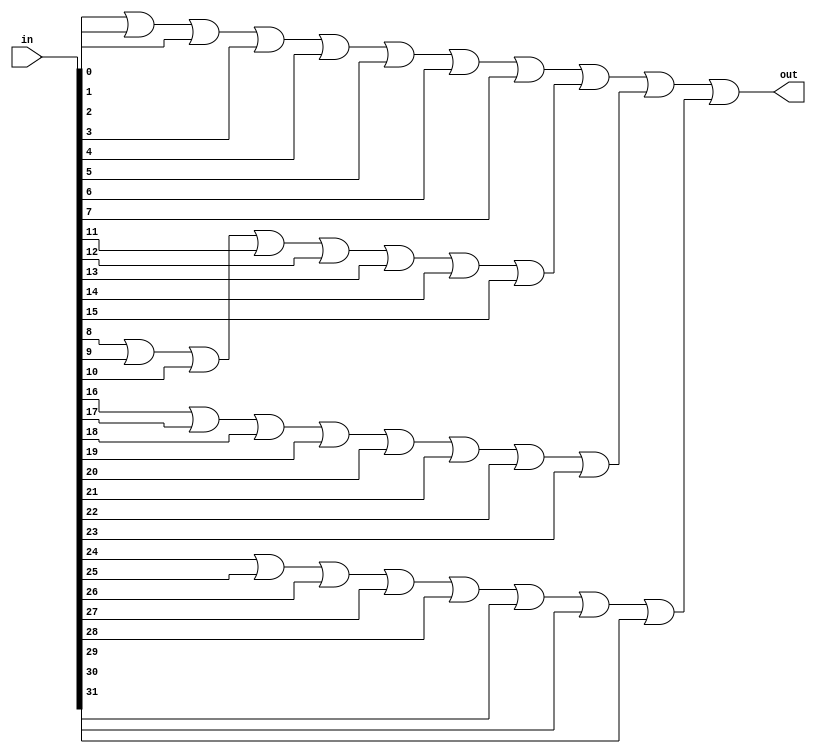
module or_32(out, in);
    input [31:0] in;
    output out;
    wire w1, w2, w3, w4;
    
    or or1(w1, in[0], in[1], in[2], in[3], in[4], in[5], in[6], in[7]);
    or or2(w2, in[8], in[9], in[10], in[11], in[12], in[13], in[14], in[15]);
    or or3(w3, in[16], in[17], in[18], in[19], in[20], in[21], in[22], in[23]);
    or or4(w4, in[24], in[25], in[26], in[27], in[28], in[29], in[30], in[31]);

    or or5(out, w1, w2, w3, w4);
endmodule